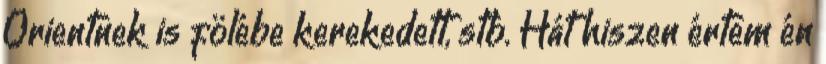
Orientnek is fölébe kerekedett, stb. Hát hiszen értem én